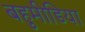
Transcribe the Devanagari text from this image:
बहुमीडिया